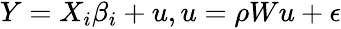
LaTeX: \begin{array}{r}{Y=X_{i}\beta_{i}+u,u=\rho Wu+\epsilon}\end{array}